Enquiry on enteric fever in India - Number 32
Disease focus: Fever
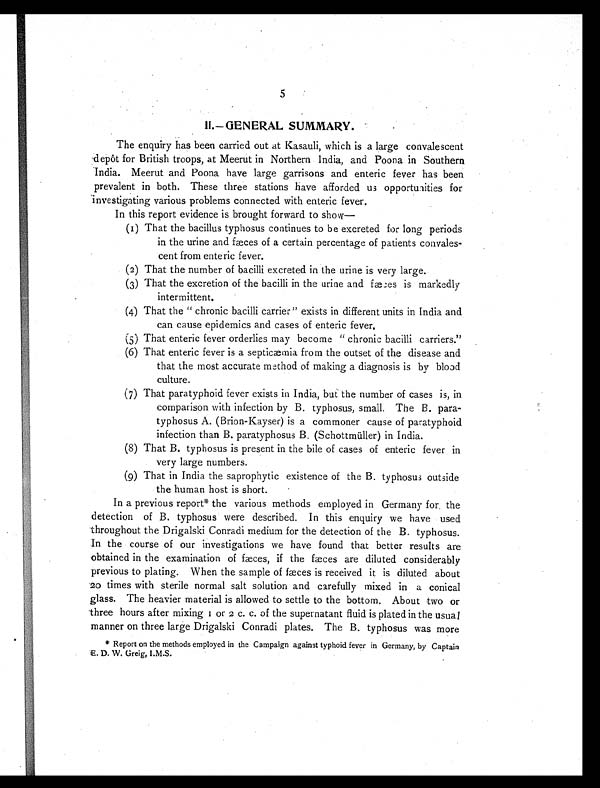
5
II.—GENERAL SUMMARY.
The enquiry has been carried out at Kasauli, which is a large convalescent
depôt for British troops, at Meerut in Northern India, and Poona in Southern
India. Meerut and Poona have large garrisons and enteric fever has been
prevalent in both. These three stations have afforded us opportuiities for
investigating various problems connected with enteric fever.
In this report evidence is brought forward to show
—
(I) That the bacillus typhosus continues to be excreted for long periods
in the urine and fæces of a certain percentage of patients convales-
cent from enteric fever.
(2) That the number of bacilli excreted in the urine is very large.
(3) That the excretion of the bacilli in the urine and fæces is markedly
intermittent.
(4) That the " chronic bacilli carrier" exists in different units in India and
can cause epidemics and cases of enteric fever.
(5) That enteric fever orderlies may become " chronic bacilli carriers."
(6) That enteric fever is a septicæmia from the outset of the disease and
that the most accurate method of making a diagnosis is by blood
culture.
(7) That paratyphoid fever exists in India, but the number of cases is, in
comparison with infection by B. typhosus, small. The B. para-
typhosus A. (Brion-Kayser) is a commoner cause of paratyphoid
infection than B. paratyphosus B. (Schottmüller) in India.
(8) That B. typhosus is present in the bile of cases of enteric fever in
very large numbers.
(9) That in India the saprophytic existence of the B. typhosus outside
the human host is short.
In a previous report* the various methods employed in Germany forn the
detection of B. typhosus were described. In this enquiry we have used
throughout the Drigalski Conradi medium for the detection of the B. typhosus.
In the course of our investigations we have found that better results are
obtained in the examination of fæces, if the fæces are diluted considerably
previous to plating. When the sample of fæces is received it is diluted about
20 times with sterile normal salt solution and carefully mixed in a conical
glass. The heavier material is allowed to settle to the bottom. About two or
three hours after mixing 1o r
2 c . c . o f t h e s u p e r n a t a n t f l u i d i s p l a t e d i n t h e u s u a l
manner on three large Drigalski Conradi plates. The B. typhosus was more
* Report on the methods employed in the Campaign against typhoid fever in Germany, by Captain
E. D. W. Greig, I.M.S.